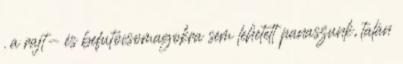
. a rajt- és befutócsomagokra sem lehetett panaszunk, talán